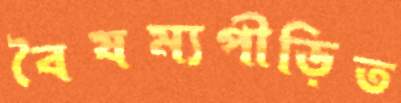
বৈষম্যপীড়িত